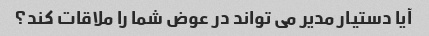
آیا دستیار مدیر می تواند در عوض شما را ملاقات کند؟